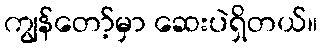
ကျွန်တော့်မှာ ဆေးပဲရှိတယ်။